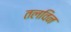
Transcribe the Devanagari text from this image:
तलविन